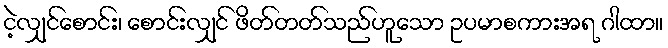
ငဲ့လျှင်စောင်း၊ စောင်းလျှင် ဖိတ်တတ်သည်ဟူသော ဥပမာစကားအရ ဂါထာ။